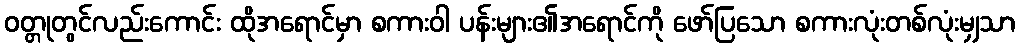
ဝတ္တုတွင်လည်းကောင်း ထိုအရောင်မှာ စကားဝါ ပန်းများ၏အရောင်ကို ဖော်ပြသော စကားလုံးတစ်လုံးမျှသာ